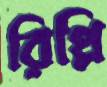
রিপ্লি